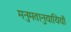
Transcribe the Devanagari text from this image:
मनुमतानुयायियों